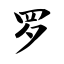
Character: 罗